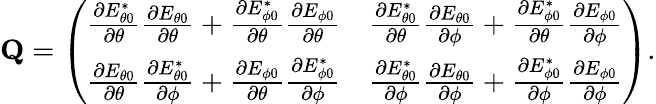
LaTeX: \mathbf{Q}=\left(\begin{array}{ll}{\frac{\partial E_{\theta 0}^{*}}{\partial\theta}\frac{\partial E_{\theta 0}}{\partial\theta}+\frac{\partial E_{\phi 0}^{*}}{\partial\theta}\frac{\partial E_{\phi 0}}{\partial\theta}}&{\frac{\partial E_{\theta 0}^{*}}{\partial\theta}\frac{\partial E_{\theta 0}}{\partial\phi}+\frac{\partial E_{\phi 0}^{*}}{\partial\theta}\frac{\partial E_{\phi 0}}{\partial\phi}}\\ {\frac{\partial E_{\theta 0}}{\partial\theta}\frac{\partial E_{\theta 0}^{*}}{\partial\phi}+\frac{\partial E_{\phi 0}}{\partial\theta}\frac{\partial E_{\phi 0}^{*}}{\partial\phi}}&{\frac{\partial E_{\theta 0}^{*}}{\partial\phi}\frac{\partial E_{\theta 0}}{\partial\phi}+\frac{\partial E_{\phi 0}^{*}}{\partial\phi}\frac{\partial E_{\phi 0}}{\partial\phi}}\end{array}\right).